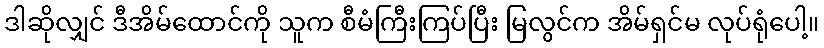
ဒါဆိုလျှင် ဒီအိမ်ထောင်ကို သူက စီမံကြီးကြပ်ပြီး မြလွင်က အိမ်ရှင်မ လုပ်ရုံပေါ့။